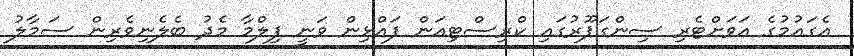
އެގައުމުގެ އަވަށްޓެރި ސިންގަޕޫރުގައި ކްރިސްޓިއަން ފައްޅިން ވަނީ ފިލްމާ މެދު ބެެލެނިވެރިން ސަމާލު